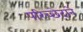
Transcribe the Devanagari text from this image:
परिच्छेदाने